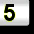
Digit: 5